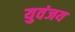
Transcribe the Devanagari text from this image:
युवंजय